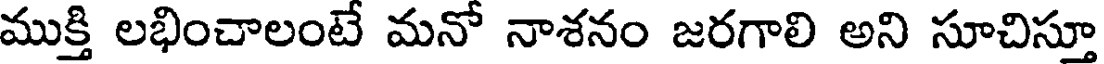
ముక్తి లభించాలంటే మనో నాశనం జరగాలి అని సూచిస్తూ